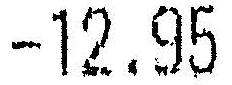
-12.95